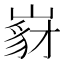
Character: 𡺵